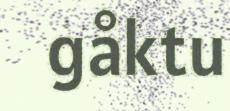
gåktu